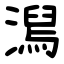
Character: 澙